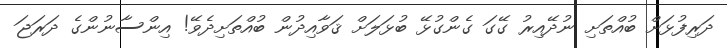
ދަރިފުޅަށް ބުއްތަށި ނުދޭއިރު ގޭގަ ގެންގުޅޭ ބުޅަލަށް ޤަވާއިދުން ބުއްތަށިދެވޭ! އިންސާނުންގެ ދަރަޖަ